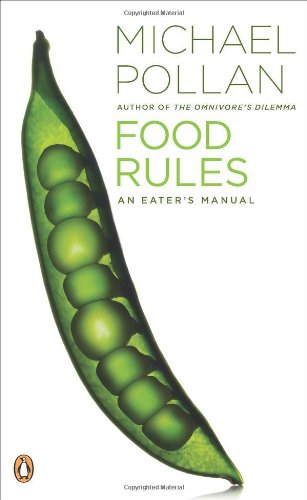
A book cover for Food Rules: An Eater's Manual; Michael Pollan; Health, Fitness & Dieting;